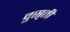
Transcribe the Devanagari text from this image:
वुस़्ती